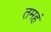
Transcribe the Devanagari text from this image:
तमहं